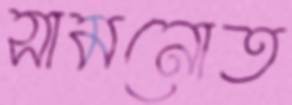
সামনোত